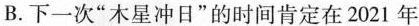
B.下一次”木星冲日”的时间肯定在2021年